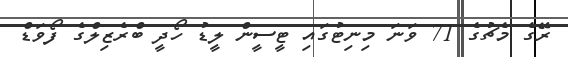
ރޭގެ މެޗުގެ 71 ވަަނަ މިނިޓުގައި ޓީސީން ލީޑު ހޯދީ ބްރެޒިލްގެ ފޯވަޑް